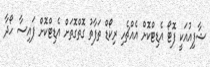
ޝާފިއުއަކީ ފޮޓޯ އެޑިޓްކޮށް އެއްޗެހި ރިކޯޑް ތަފާތު ގޮތްގޮތަށް އެޑިޓްކޮށް ފައިސާ ހޯދާ